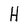
Character: H